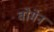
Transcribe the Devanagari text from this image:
वोमेन